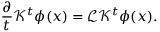
\frac { \partial } { t } \mathcal { K } ^ { t } \phi ( x ) = \mathcal { L } \mathcal { K } ^ { t } \phi ( x ) .